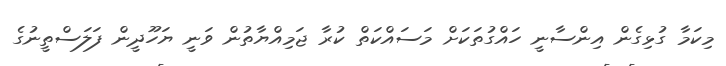
މިކަމާ ގުޅިގެން އިންސާނީ ހައްގުތަކަށް މަސައްކަތް ކުރާ ޖަމިއްޔާތުން ވަނީ ޔަހޫދީން ފަލަސްތީނުގެ